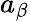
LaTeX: a_{\beta}